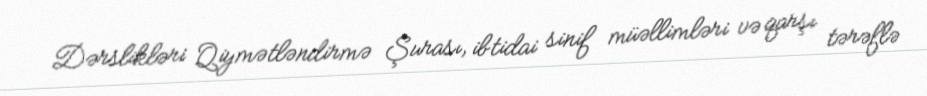
Dərslikləri Qiymətləndirmə Şurası, ibtidai sinif müəllimləri və qarşı tərəflə